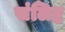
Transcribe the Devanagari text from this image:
संलिष्ट